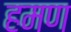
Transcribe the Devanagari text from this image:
हमण